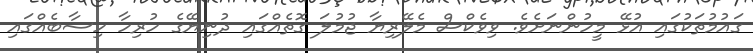
ގައުމުތަކުގައި އުޅޭ މީހުންނަށެވެ. ވިވެކްސް މެލޭރިޔާ ޖުމުލަ ގޮތެއްގައި ދުނިޔޭގެ ހުރިހާ ހިސާބެއްގައި